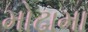
મોઢામા